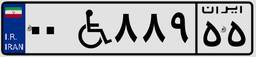
۰۰W۸۸۹۵۵